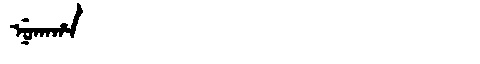
Manchu: ᠨᡠᡴᠠᡥᠠ
Romanization: NUKAHA